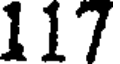
117